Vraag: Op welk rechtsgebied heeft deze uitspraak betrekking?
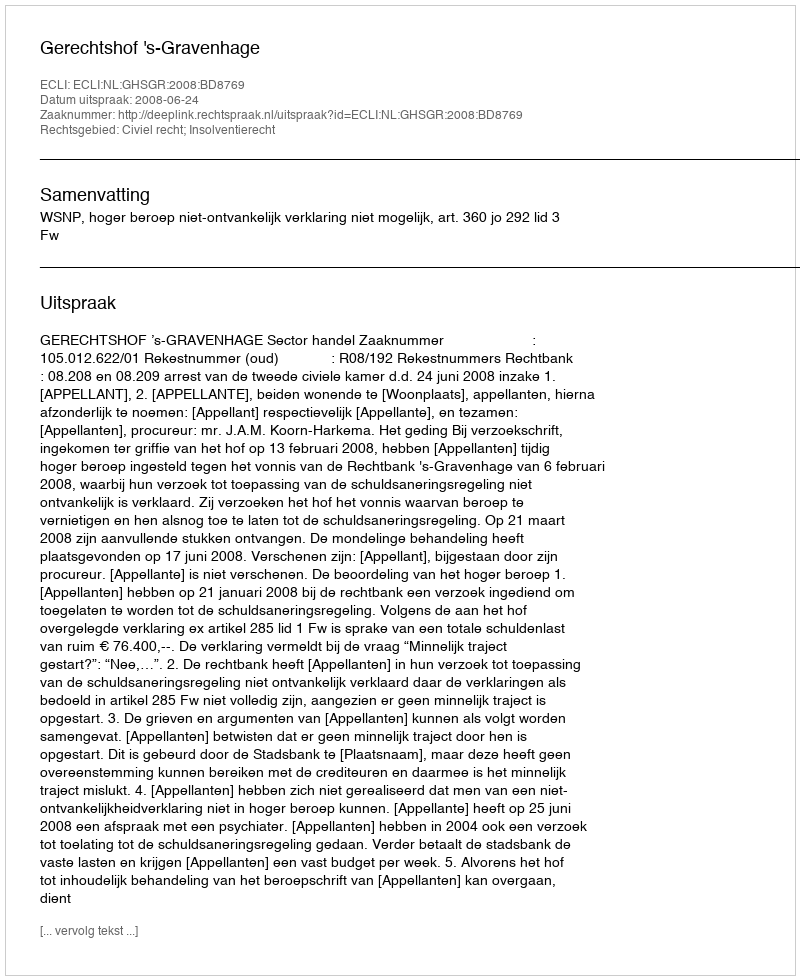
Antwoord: Civiel recht; Insolventierecht